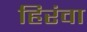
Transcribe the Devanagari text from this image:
हिरंवा